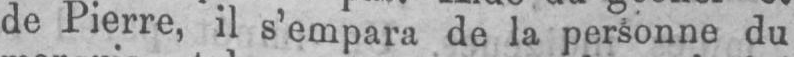
de Pierre, il s’empara de la personne du